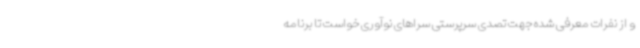
و از نفرات معرفی شده جهت تصدی سرپرستی سراهای نوآوری خواست تا برنامه